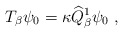
\begin{align*}T_\beta\psi_0=\kappa\widehat{Q}_\beta^1\psi_0\;,\end{align*}